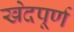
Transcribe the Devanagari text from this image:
खेदपूर्ण